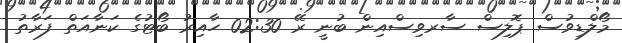
މޯލްޑިވުސް ޕޮލިސް ސާރވިސްއިން ބުނީ ރޭ 02:30 ހާއިރު ބޯޓުގެ ކަނާއަތް ފަރާތު